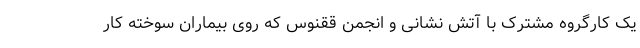
یک کارگروه مشترک با آتش نشانی و انجمن ققنوس که روی بیماران سوخته کار